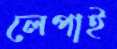
লেপাই